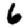
Digit: 6